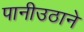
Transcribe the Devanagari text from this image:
पानीउठाने